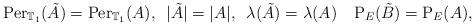
LaTeX: \begin{align*}{\rm Per}_{\mathbb{T}_1}(\tilde{A})={\rm Per}_{\mathbb{T}_1}(A),\,\,\,|\tilde{A}|=|A|,\,\,\,\lambda(\tilde{A})=\lambda(A)\,\,\,\,\,\,{\rm P}_E(\tilde{B})={\rm P}_E(A),\end{align*}